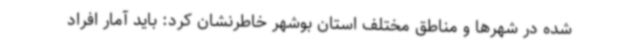
شده در شهرها و مناطق مختلف استان بوشهر خاطرنشان کرد: باید آمار افراد